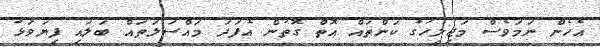
އެހެން ނަމަވެސް މަޖިލީހުގެ ކަންތައް އޮތް ގޮތުން އެފަދަ މައްސަލަތައް ބަލައި ފިޔަވަޅު